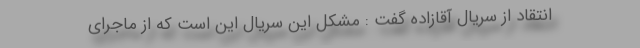
انتقاد از سریال آقازاده گفت : مشکل این سریال این است که از ماجرای